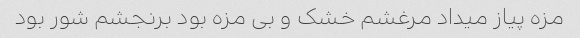
مزه پیاز میداد مرغشم خشک و بی مزه بود برنجشم شور بود